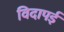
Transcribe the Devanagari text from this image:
विदापई